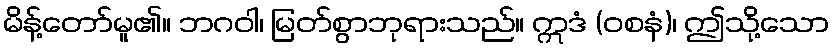
မိန့်တော်မူ၏။ ဘဂဝါ၊ မြတ်စွာဘုရားသည်။ ဣဒံ (ဝစနံ)၊ ဤသို့သော